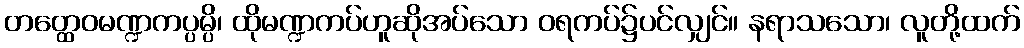
တတ္ထေဝမဏ္ဍကပ္ပမ္ပိ၊ ထိုမဏ္ဍကပ်ဟူဆိုအပ်သော ဝရကပ်၌ပင်လျှင်။ နရာသသော၊ လူတို့ထက်